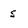
Character: s